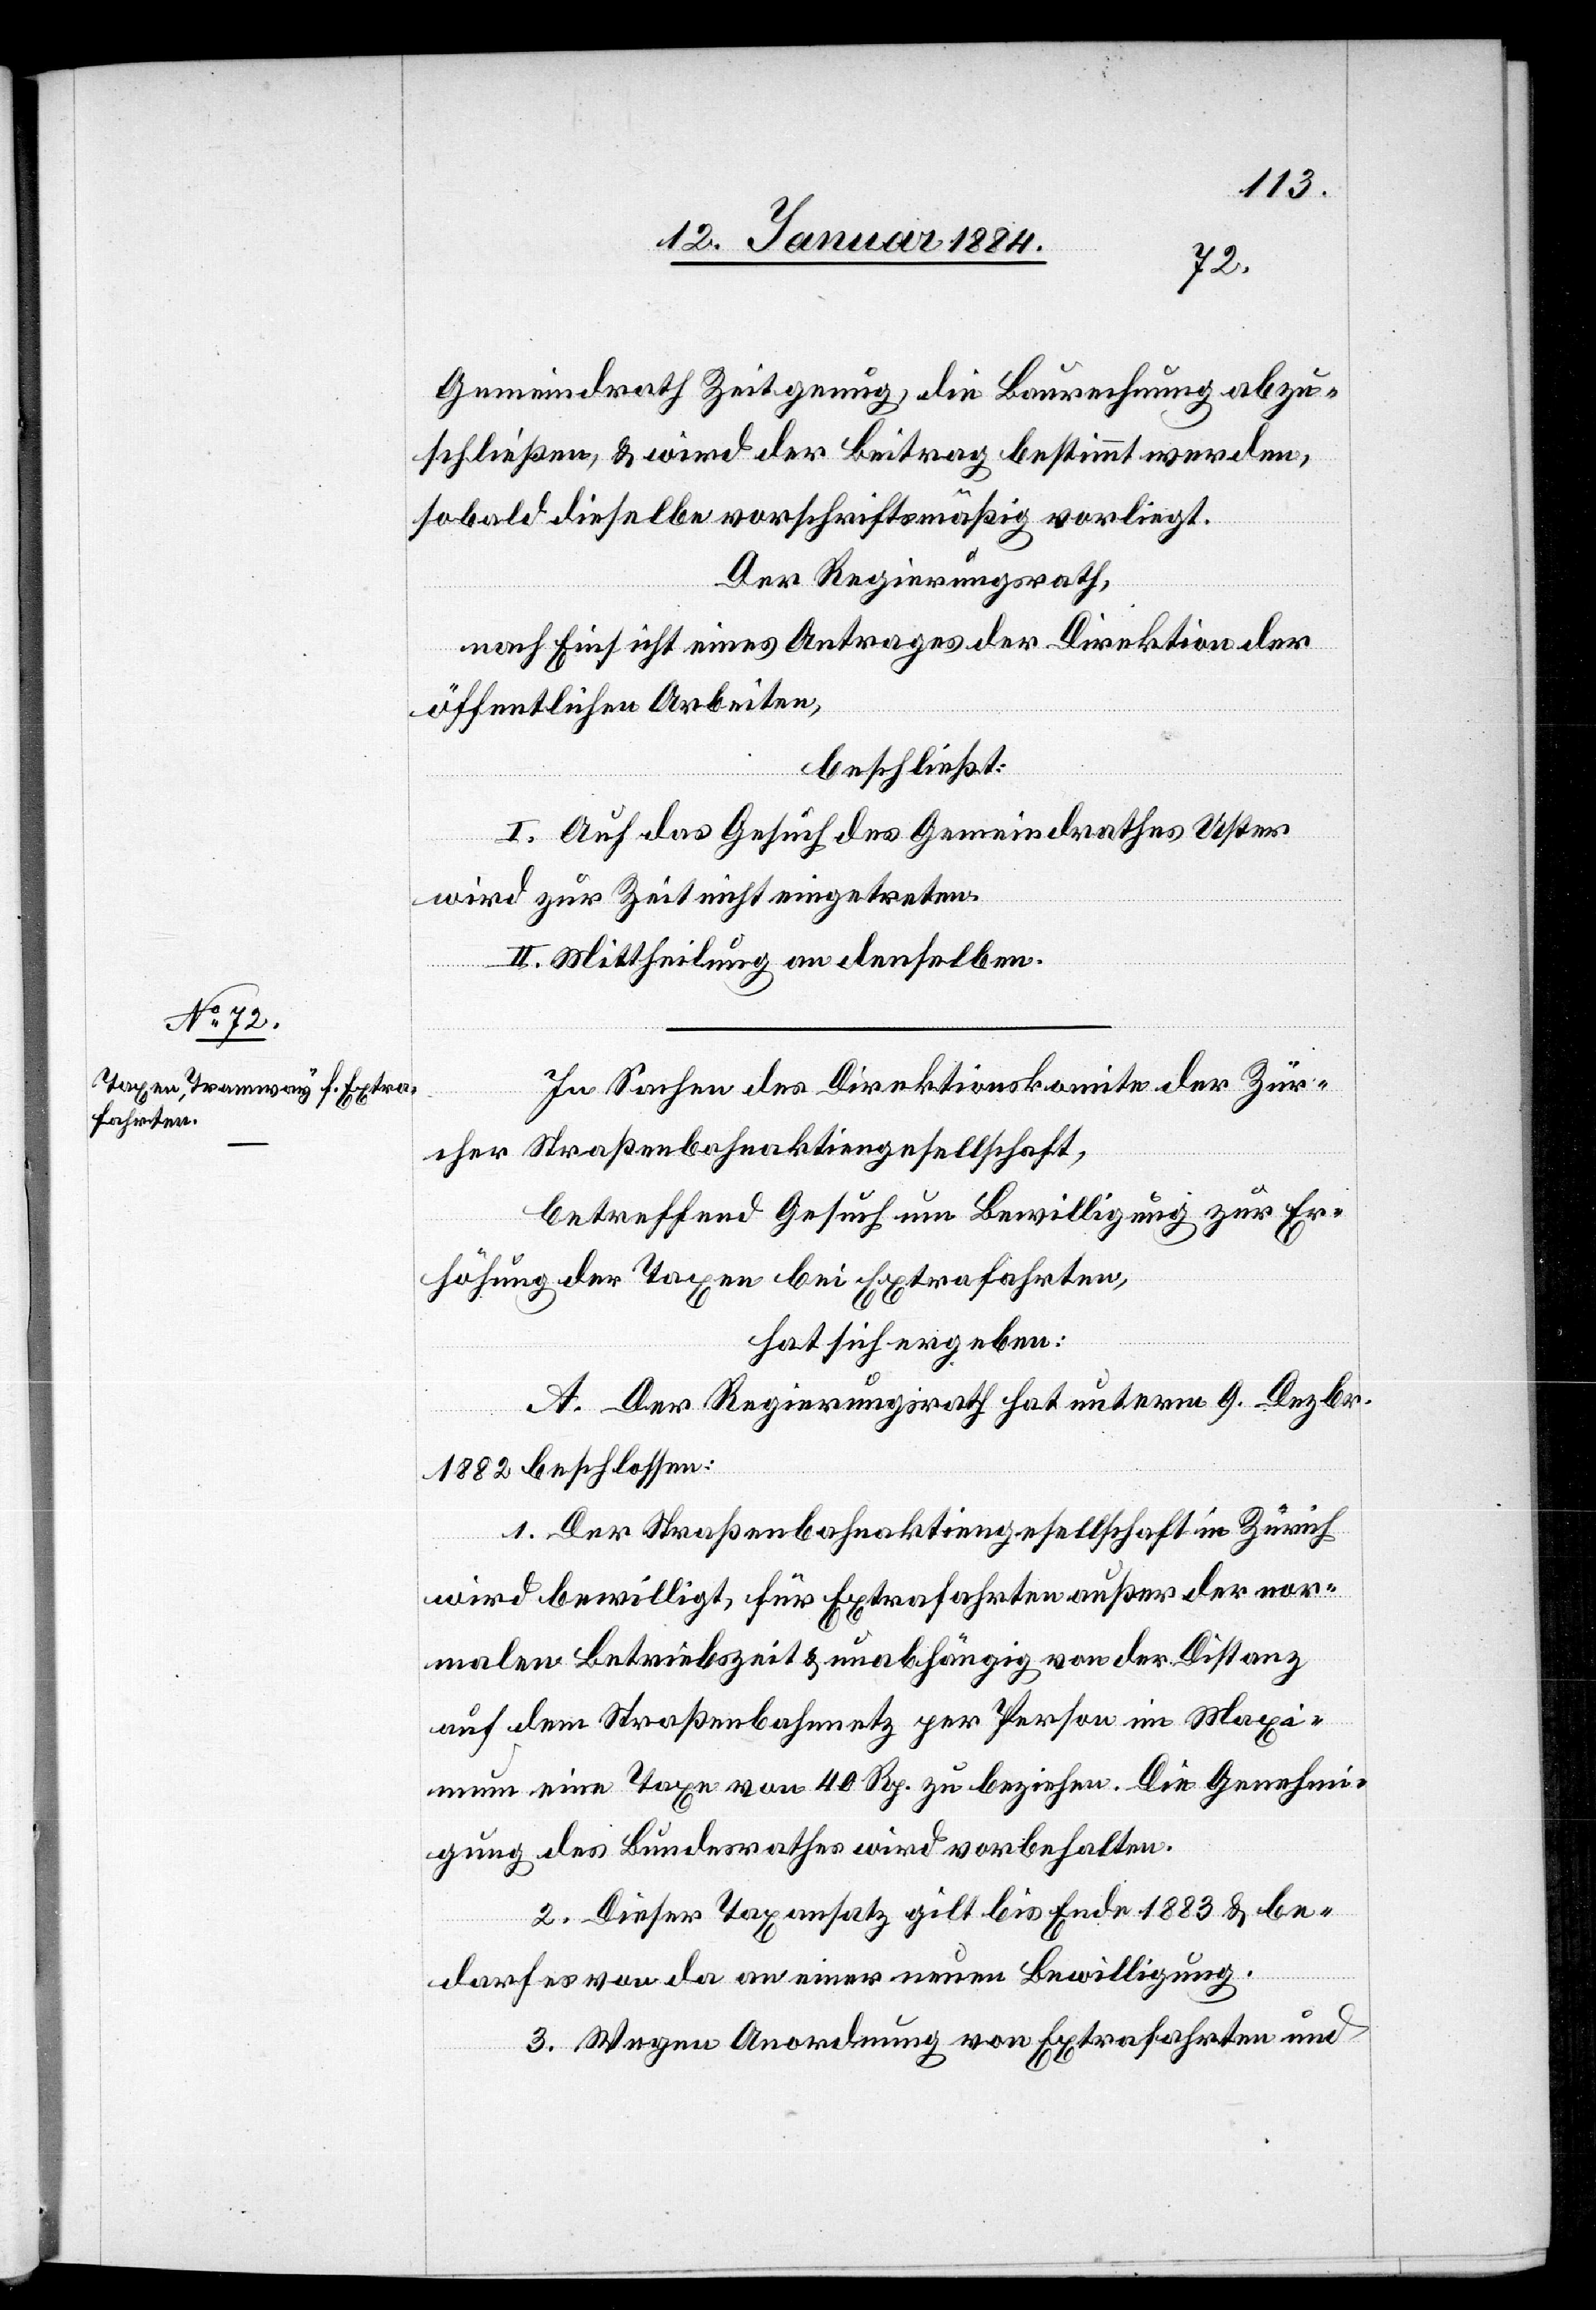
Gemeindrath Zeit genug, die Baurechnung abzu¬
schließen, & wird der Beitrag bestimmt werden,
sobald dieselbe vorschriftsgemäß vorliegt.
Der Regierungsrath,
nach Einsicht eines Antrages der Direktion der
öffentlichen Arbeiten,
beschließt:
I. Auf das Gesuch des Gemeindrathes Uster
wird zur Zeit nicht eingetreten.
II. Mittheilung an denselben.
In Sachen des Direktionskomite der Zür¬
cher Straßenbahnaktiengesellschaft,
betreffend Gesuch um Bewilligung zur Er¬
höhung der Taxen bei Extrafahrten,
hat sich ergeben:
A. Der Regierungsrath hat unterm 9. Dezbr.
1882 beschlossen:
1. Der Straßenbahnaktiengesellschaft in Zürich
wird bewilligt, für Extrafahrten außer der nor¬
malen Betriebszeit & unabhängig von der Distanz
auf dem Straßenbahnnetz per Person im Maxi¬
mum eine Taxe von 40 Rp. zu beziehen. Die Genehmi¬
gung des Bundesrathes wird vorbehalten.
2. Dieser Taxansatz gilt bis Ende 1883 & be¬
darf es von da an einer neuen Bewilligung.
3. Wegen Anordnung von Extrafahrten und